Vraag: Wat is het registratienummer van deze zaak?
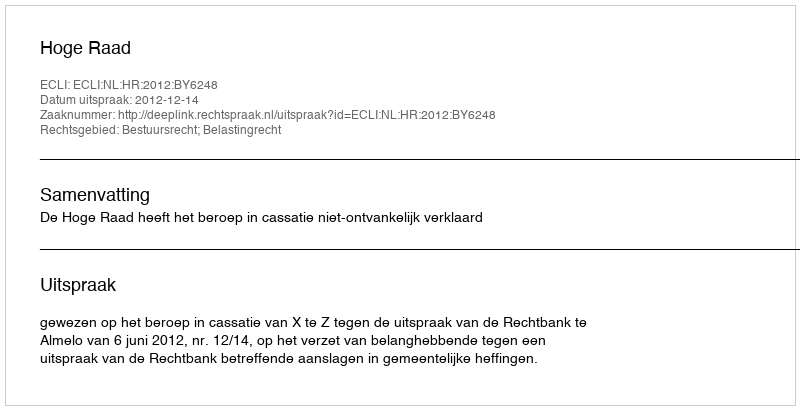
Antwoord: http://deeplink.rechtspraak.nl/uitspraak?id=ECLI:NL:HR:2012:BY6248